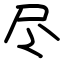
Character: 尽